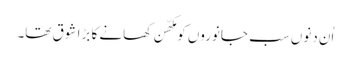
اُن دنوں سب جانوروں کو مکھّن کھانے کا بڑا شوق تھا۔